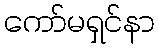
ကော်မရှင်နာ